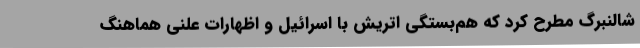
شالنبرگ مطرح کرد که هم‌بستگی‌ اتریش با اسرائیل و اظهارات علنی هماهنگ